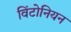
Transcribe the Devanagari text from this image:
विंटोनियन